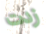
زدت